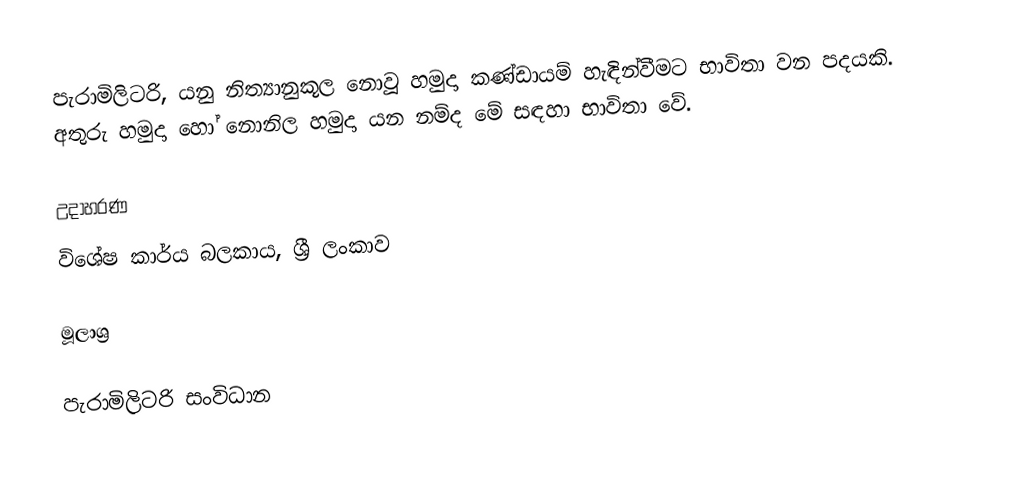
පැරාමිලිටරි, යනු නිත්‍යානුකූල නොවූ හමුදා කණ්‌ඩායම් හැඳින්වීමට භාවිතා වන පදයකි. අතුරු හමුදා  හෝ නොනිල හමුදා  යන නම්ද මේ සඳහා භාවිතා වේ.

උදාහරණ
 විශේෂ කාර්ය බලකාය, ශ්‍රී ලංකාව

මූලාශ්‍ර

පැරාමිලිටරි සංවිධාන